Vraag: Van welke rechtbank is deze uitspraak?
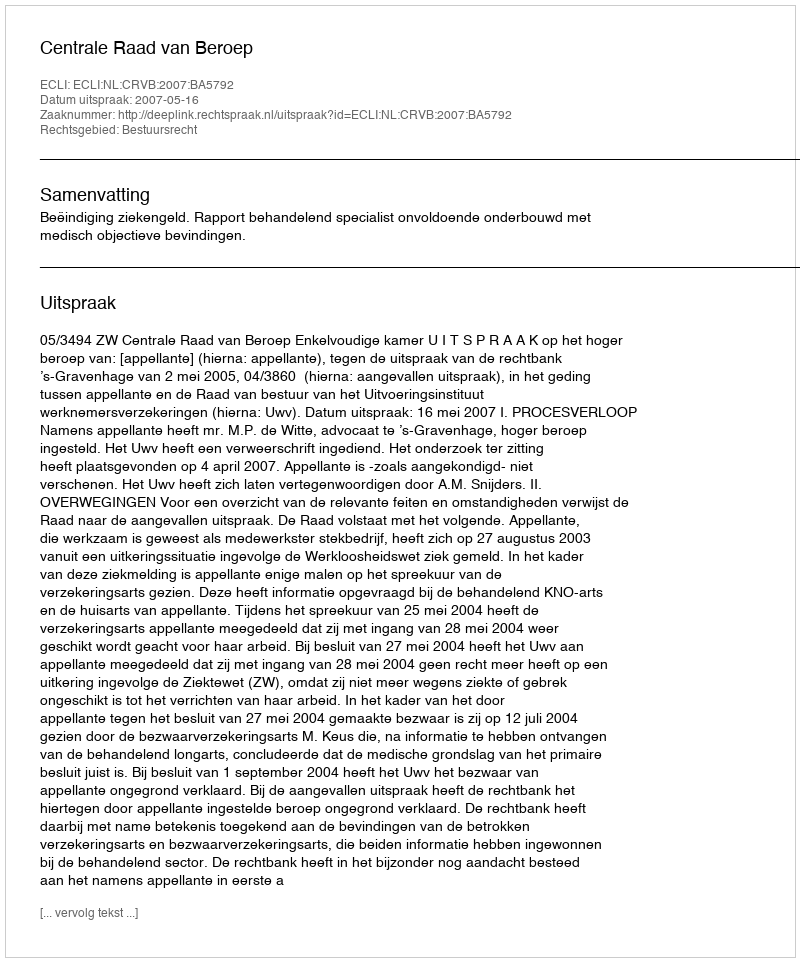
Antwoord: Centrale Raad van Beroep